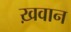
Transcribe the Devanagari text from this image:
ख़वान